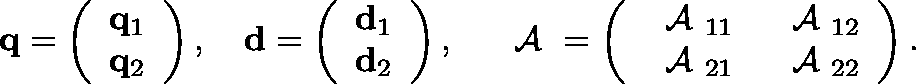
\begin{array} { r } { { \bf q } = \left( \begin{array} { l } { { \bf q } _ { 1 } } \\ { { \bf q } _ { 2 } } \end{array} \right) , \quad { \bf d } = \left( \begin{array} { l } { { \bf d } _ { 1 } } \\ { { \bf d } _ { 2 } } \end{array} \right) , \quad \mathrm { \boldmath ~ { \cal ~ A } ~ } = \left( \begin{array} { l l } { \mathrm { \boldmath ~ { \cal ~ A } ~ } _ { 1 1 } } & { \mathrm { \boldmath ~ { \cal ~ A } ~ } _ { 1 2 } } \\ { \mathrm { \boldmath ~ { \cal ~ A } ~ } _ { 2 1 } } & { \mathrm { \boldmath ~ { \cal ~ A } ~ } _ { 2 2 } } \end{array} \right) . } \end{array}